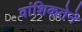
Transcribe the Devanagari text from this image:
वांशिकतेने